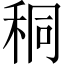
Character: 秱